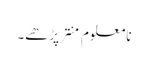
نامعلوم منتر پڑھے۔